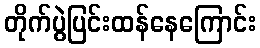
တိုက်ပွဲပြင်းထန်နေကြောင်း